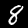
Digit: 8